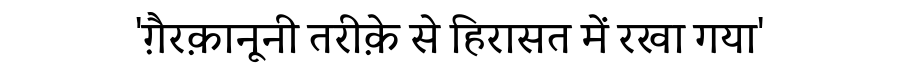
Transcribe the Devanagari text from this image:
'ग़ैरक़ानूनी तरीक़े से हिरासत में रखा गया'